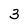
Character: 3